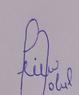
Signature authenticity: forged